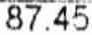
87.45